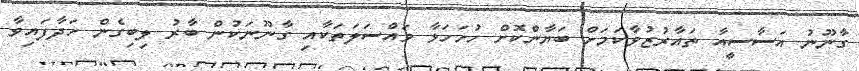
ގާނޫނު އަސާސީއާ ތައާރުޒުވާކަމަށް ބަޔާންކޮށް ހުށަހަޅާ މައްސަލަތަކާއި ގާނޫނަކުން ބާރު ލިބިގެން ހަދާފައިވާ